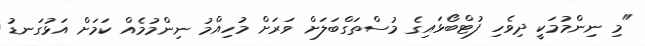
"މި ނިންމުމަކީ ދިވެހި ފުޓްބޯޅައިގެ މުސްތަގްބަލަށް ވަރަށް މުހިއްމު ނިންމުމެއް ކަމަށް އަޅުގަނޑު